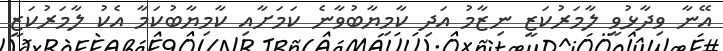
އޭނާ ވިދާޅުވީ ލާމަރުކަޒީ ނިޒާމު އަދި ކާމިޔާބުވާނެ ކަމަށާއި ކާމިޔާބުކަމާ އެކު ލާމަރުކަޒީ